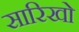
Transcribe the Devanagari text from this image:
सारिखो